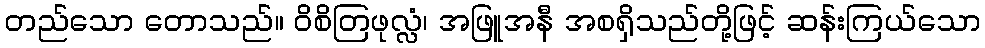
တည်သော တောသည်။ ဝိစိတြဖုလ္လံ၊ အဖြူအနီ အစရှိသည်တို့ဖြင့် ဆန်းကြယ်သော